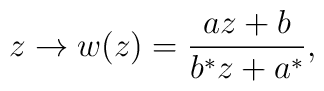
z\to w(z) = \frac{ az+b}{ b^* z +a^*},